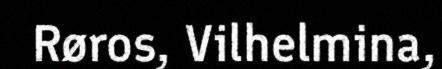
Røros, Vilhelmina,